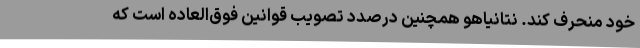
خود منحرف کند. نتانیاهو همچنین درصدد تصویب قوانین فوق‌العاده است که